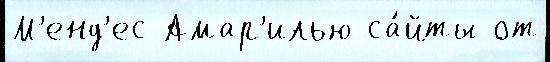
М'енд'ес Амар'илью са́йты от